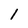
Character: 1